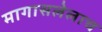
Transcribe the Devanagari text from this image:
मागासलेलाच